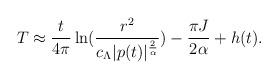
LaTeX: \begin{align*}T \approx \frac{t}{4\pi} \ln(\frac{r^2}{c_\Lambda|p(t)|^{\frac{2}{\alpha}}}) -\frac{\pi J}{2\alpha} +h(t).\end{align*}